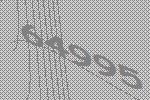
64995